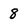
Character: 8